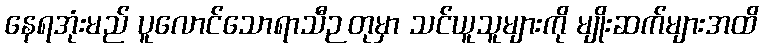
နေရအုံးမည် ပူလောင်သောရာသီဉတုမှာ သင်ယူသူများကို မျိုးဆက်များအထိ